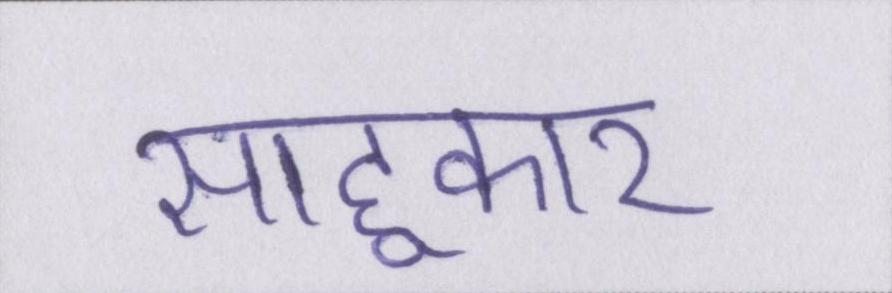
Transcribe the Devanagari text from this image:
साहूकार